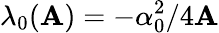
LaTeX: \lambda_{0}(\mathbf{A})=-\alpha_{0}^{2}/4\mathbf{A}